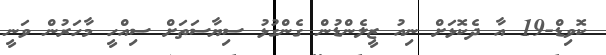
ކޮވިޑް-19 އާ ދެކޮޅަށް ނިއު ޒީލެންޑުން ގެންގުޅު ސިޔާސަތަށް ސިއްހީ މާހަރުން ވަނީ